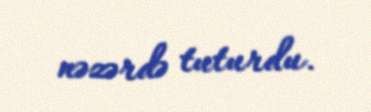
nəzərdə tuturdu.